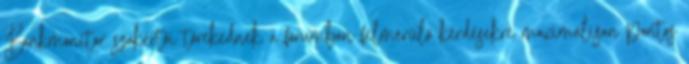
Bankmonitor szakértői törekednek a fórumban felmerülő kérdésekre maximálisan pontos